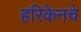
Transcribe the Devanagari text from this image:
हरिकेनचे